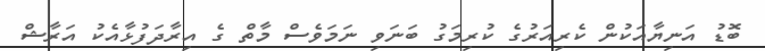
ބޮޑު އަނިޔާއަކުން ކެރިއަރުގެ ކުރިމަގު ބަނަވި ނަމަވެސް މާތް ގެ އިރާދަފުޅާއެކު އަރާޝް